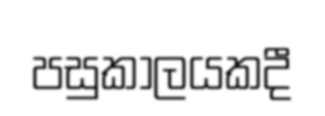
පසුකාලයකදී